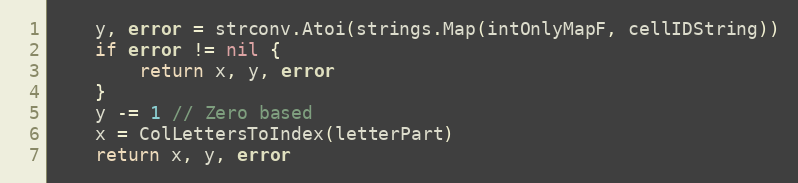
Language: Go
	y, error = strconv.Atoi(strings.Map(intOnlyMapF, cellIDString))
	if error != nil {
		return x, y, error
	}
	y -= 1 // Zero based
	x = ColLettersToIndex(letterPart)
	return x, y, error